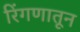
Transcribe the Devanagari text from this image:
रिंगणातून